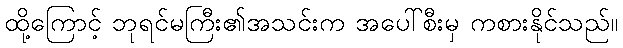
ထို့ကြောင့် ဘုရင်မကြီး၏အသင်းက အပေါ်စီးမှ ကစားနိုင်သည်။